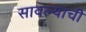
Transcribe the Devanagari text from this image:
सावल्यांची